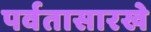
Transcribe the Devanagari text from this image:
पर्वतासारखे